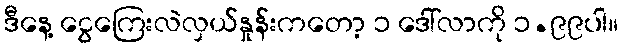
ဒီနေ့ ငွေကြေးလဲလှယ်နှုန်းကတော့ ၁ ဒေါ်လာကို ၁.၉၉ပါ။